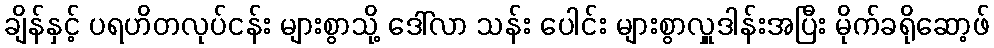
ချိန်နှင့် ပရဟိတလုပ်ငန်း များစွာသို့ ဒေါ်လာ သန်း ပေါင်း များစွာလှူဒါန်းအပြီး မိုက်ခရိုဆော့ဖ်